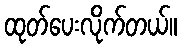
ထုတ်ပေးလိုက်တယ်။